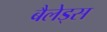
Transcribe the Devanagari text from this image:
बैलेड्स